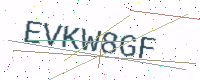
Text: EVKW8GF